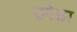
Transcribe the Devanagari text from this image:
उपेछा